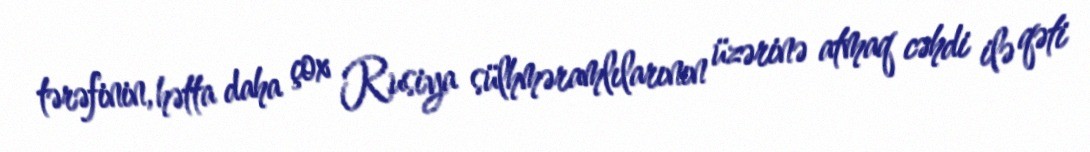
tərəfinin, hətta daha çox Rusiya sülhməramlılarının üzərinə atmaq cəhdi ilə qəti